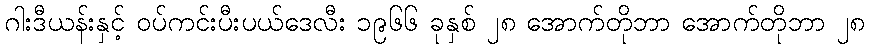
ဂါးဒီယန်းနှင့် ဝပ်ကင်းပီးပယ်ဒေလီး ၁၉၆၆ ခုနှစ် ၂၈ အောက်တိုဘာ အောက်တိုဘာ ၂၈